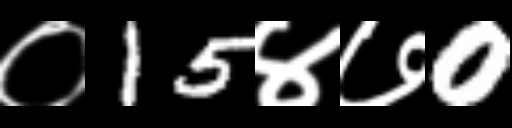
Text: ०15४७0